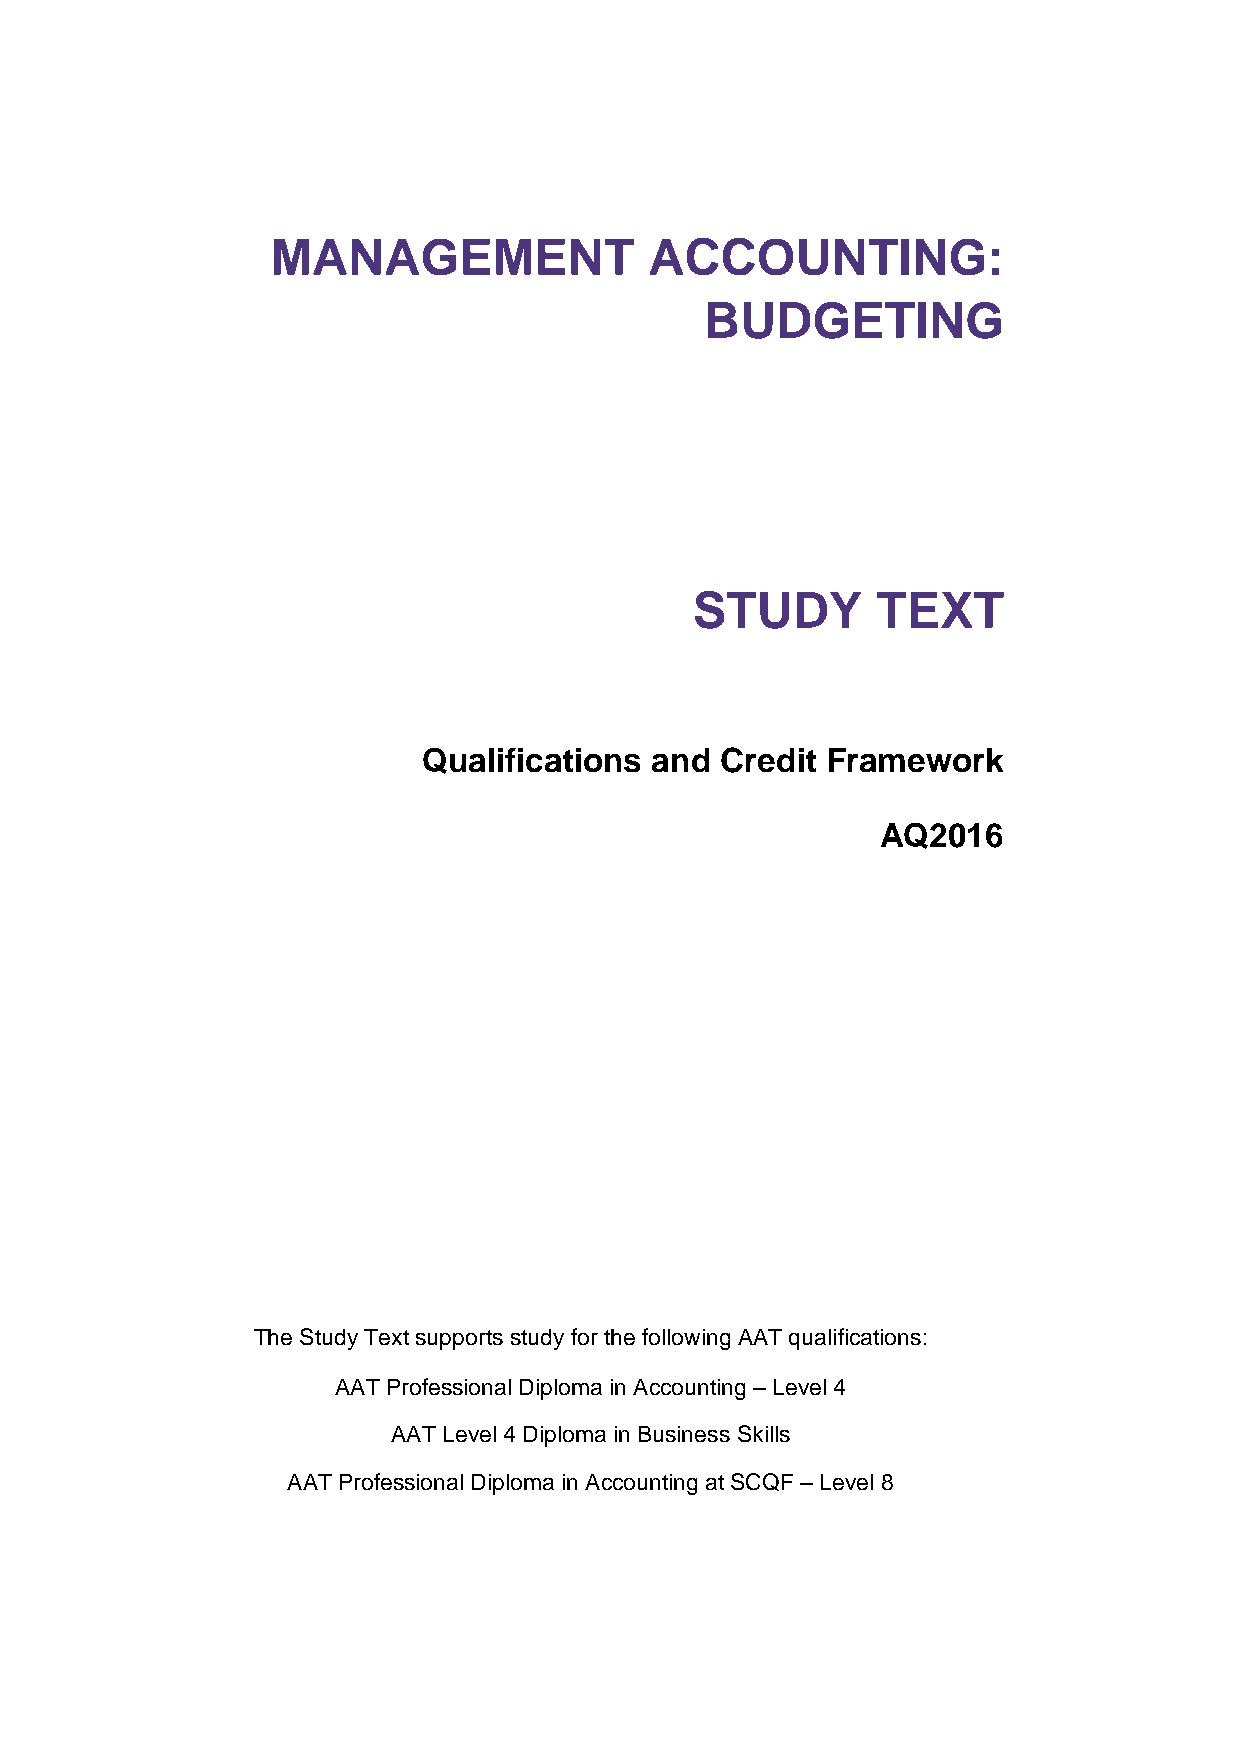
MANAGEMENT               ACCOUNTING:
 BUDGETING
 STUDY       TEXT
 Qualifications and  Credit Framework
 AQ2016
 The Study Text supports study for the following AAT qualifications:
 AAT Professional Diploma in Accounting – Level 4
 AAT Level 4 Diploma in Business Skills
 AAT Professional Diploma in Accounting at SCQF – Level 8